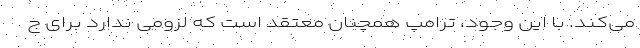
می‌کند. با این وجود، ترامپ همچنان معتقد است که لزومی ندارد برای ج